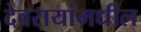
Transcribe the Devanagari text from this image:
देवरायांमधील